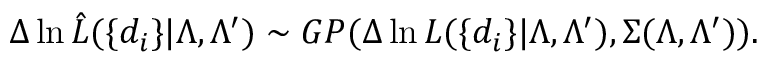
\Delta \ln \hat { \cal L } ( \{ d _ { i } \} | \Lambda , \Lambda ^ { \prime } ) \sim { \cal G P } ( \Delta \ln { \cal L } ( \{ d _ { i } \} | \Lambda , \Lambda ^ { \prime } ) , \Sigma ( \Lambda , \Lambda ^ { \prime } ) ) .